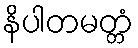
နိပါတမတ္တံ